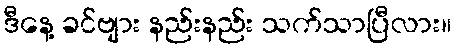
ဒီနေ့ ခင်ဗျား နည်းနည်း သက်သာပြီလား။